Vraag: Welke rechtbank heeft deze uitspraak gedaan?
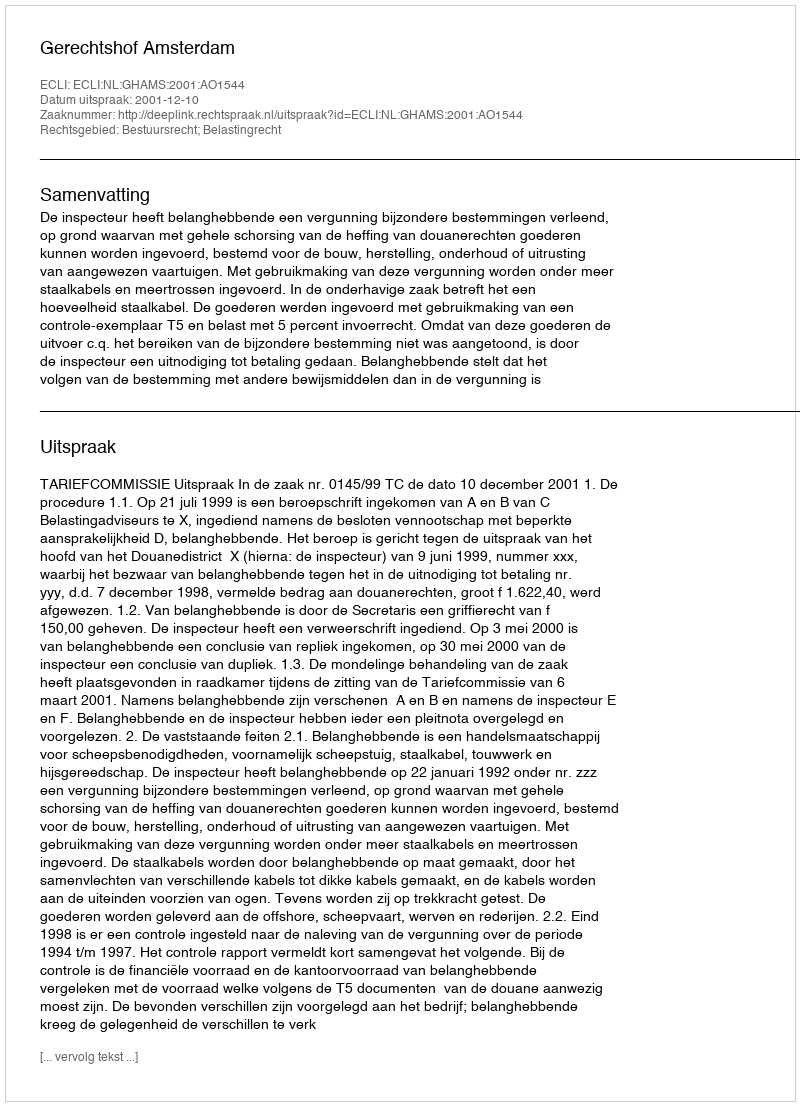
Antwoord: Gerechtshof Amsterdam